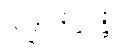
သမ္ပာယိဿန္တိ